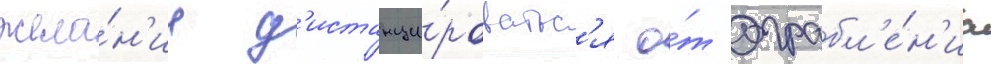
жела́н'ие д'истанци́роватьс'я о́т ограбл'е́н'иа